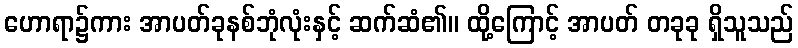
ဟောရာ၌ကား အာပတ်ခုနစ်ဘုံလုံးနှင့် ဆက်ဆံ၏။ ထို့ကြောင့် အာပတ် တခုခု ရှိသူသည်